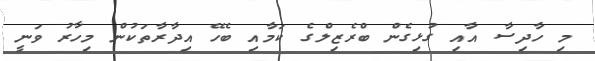
މި ހާދިސާ އާއި ގުޅިގެން ބްރެޒިލްގެ ކަމާއި ބެހޭ އިދާރާތަކުން މިހާރު ވަނީ